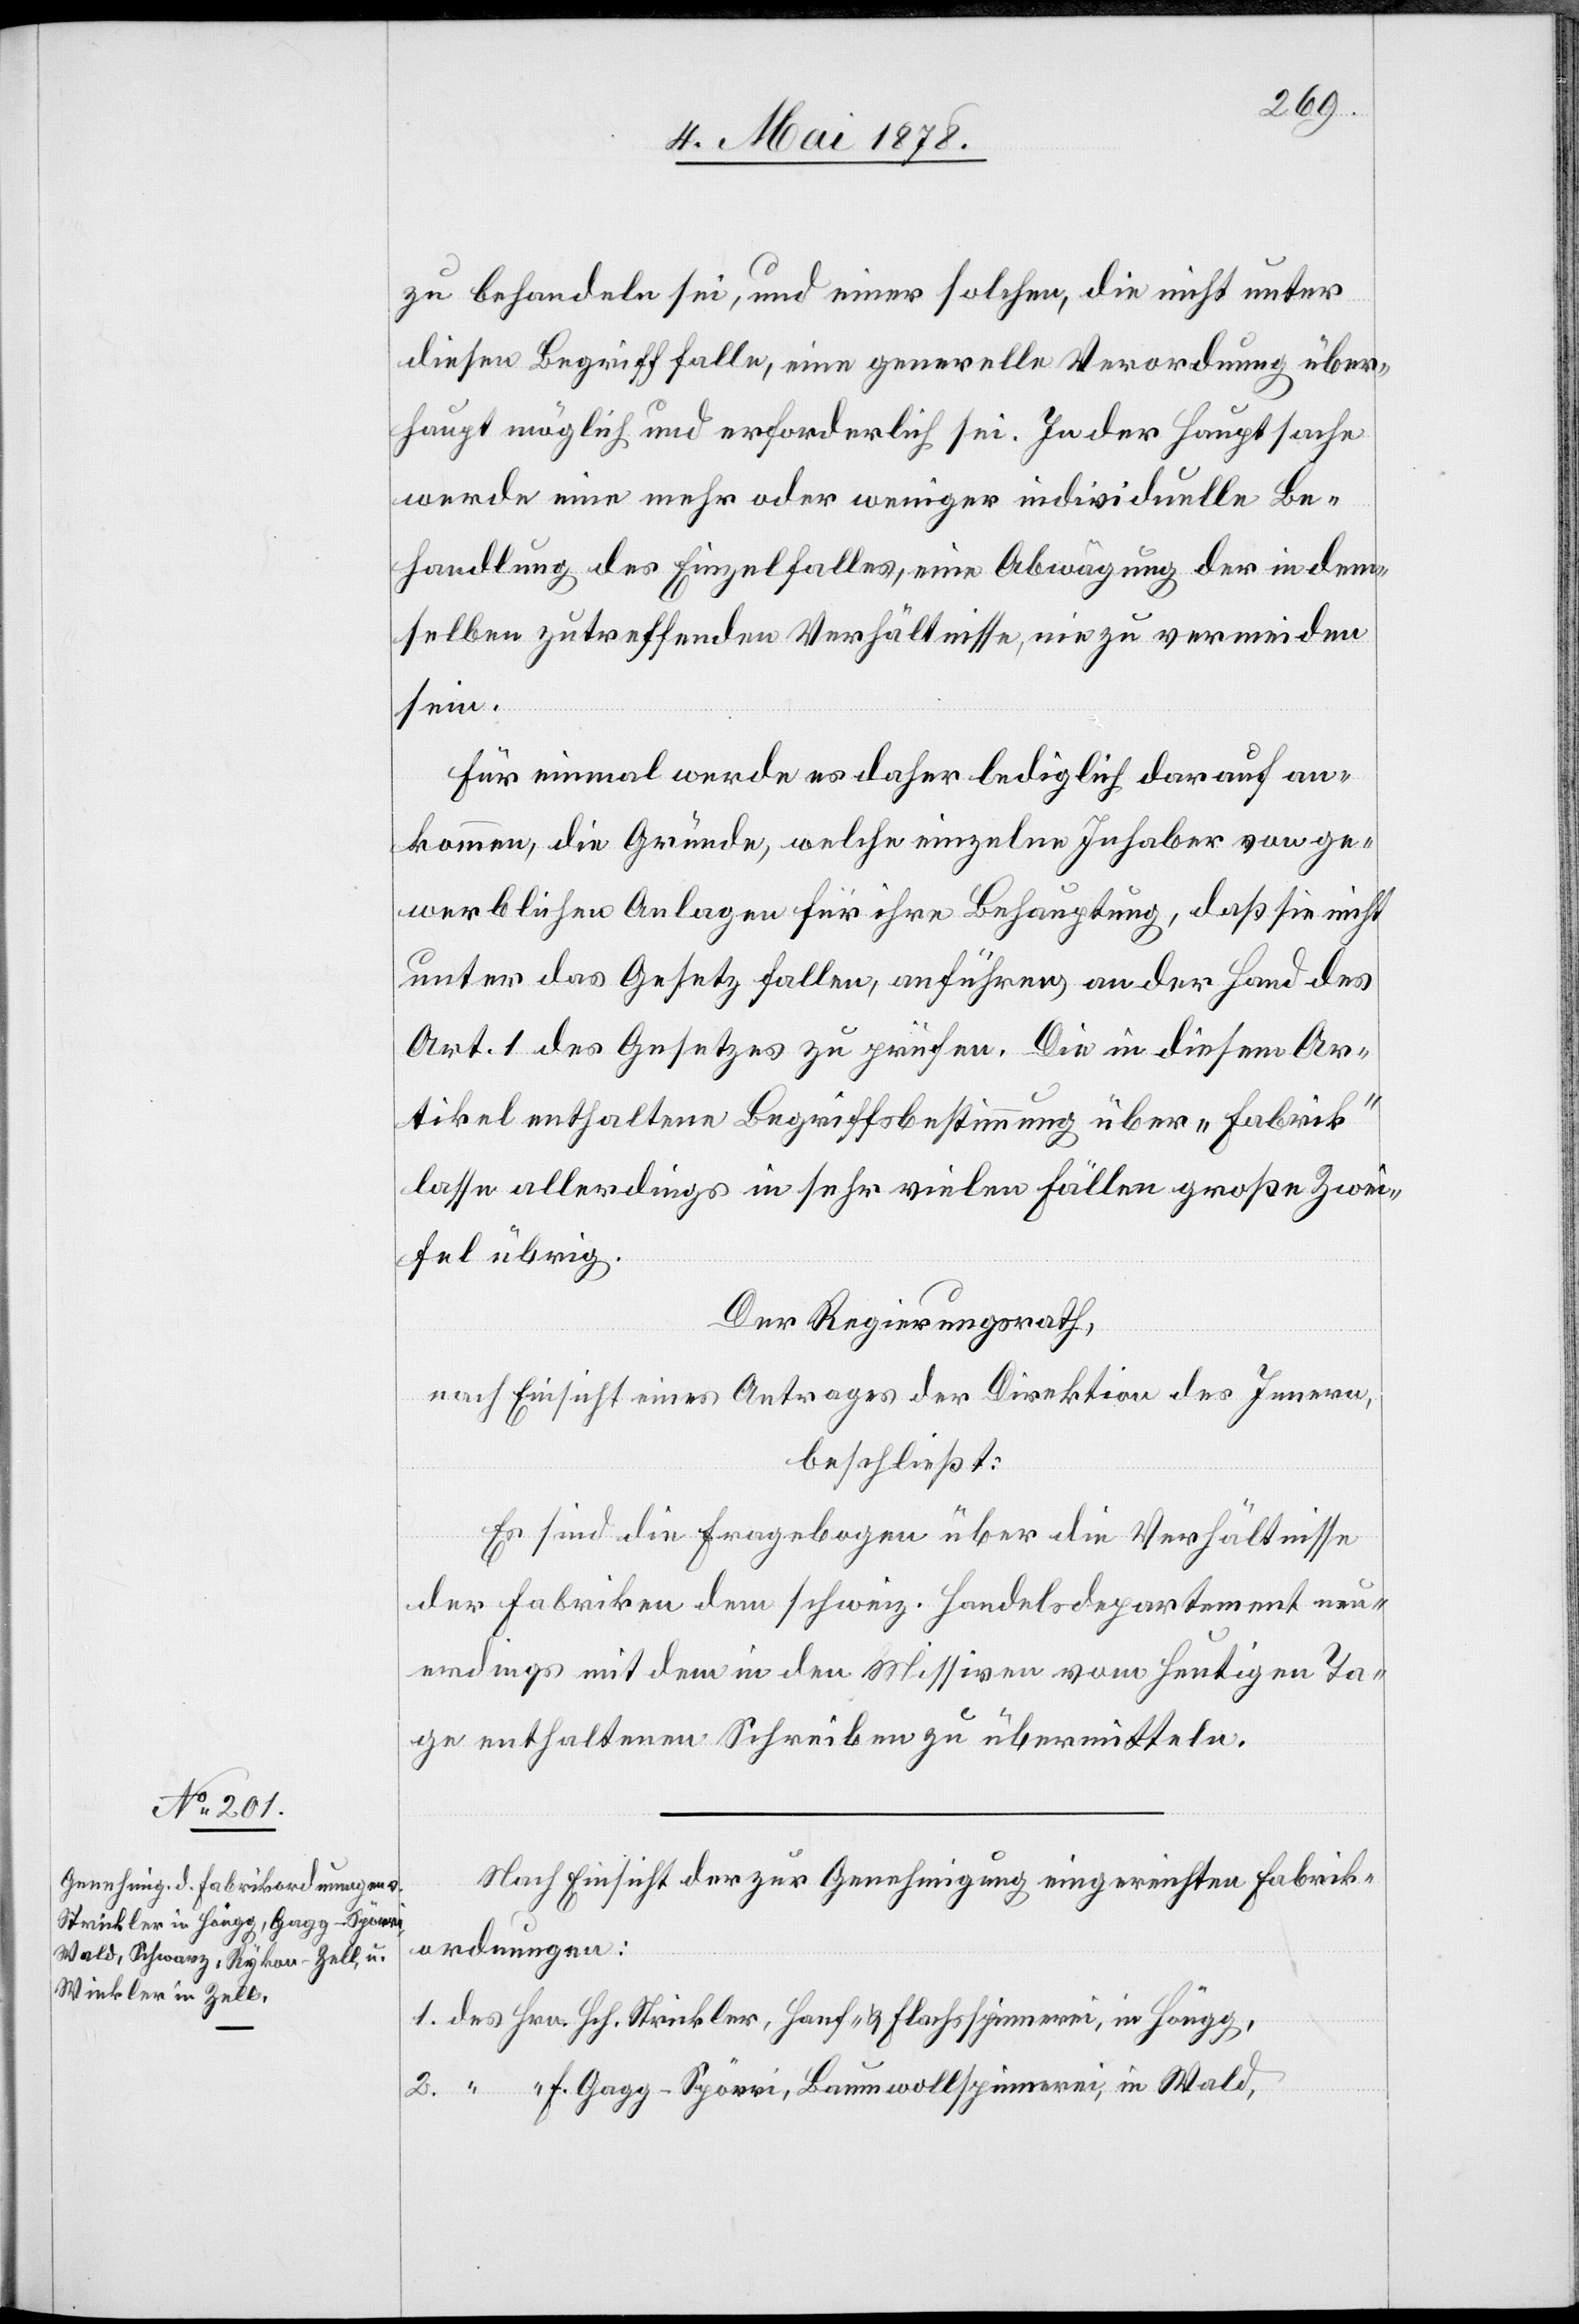
zu behandeln sei, und einer solchen, die nicht unter
diesen Begriff falle, eine generelle Verordnung über¬
haupt möglich und erforderlich sei. In der Hauptsache
werde eine mehr oder weniger individuelle Be¬
handlung des Einzelfalles, eine Abwägung der in dem¬
selben zutreffenden Verhältnisse, nie zu vermeiden
sein.
Für einmal werde es daher lediglich darauf an¬
kommen, die Gründe, welche einzelne Inhaber von ge¬
werblichen Anlagen für ihre Behauptung, daß sie nicht
unter das Gesetz fallen, anführen, an der Hand des
Art. 1 des Gesetzes zu prüfen. Die in diesem Ar¬
tikel enthaltene Begriffsbestimmung über „Fabrik“
lasse allerdings in sehr vielen Fällen große Zwei¬
fel übrig.
Der Regierungsrath,
nach Einsicht eines Antrages der Direktion des Innern,
beschließt:
Es sind die Fragebogen über die Verhältnisse
der Fabriken dem schweiz. Handelsdepartement neu¬
erdings mit dem in den Missiven vom heutigen Ta¬
ge enthaltenen Schreiben zu übermitteln.
Nach Einsicht der zur Genehmigung eingereichten Fabrik¬
ordnungen:
1. des Hrn. Hch. Strickler, Hanf- & Flachsspinnerei, in Höngg,
2. “ “ J. Gagg-Spörri, Baumwollspinnerei, in Wald,